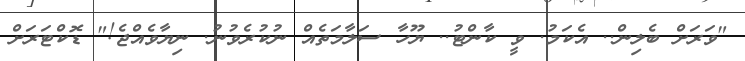
"ވަރަށް ބެލިން.. އެކަމު. ވީ ކާންޓު.. ޔޫހާ ސަލާމަތެއް ނުކުރެވުނު. ނިޔާވެއްޖެ!" ޑޮކްޓަރަށް